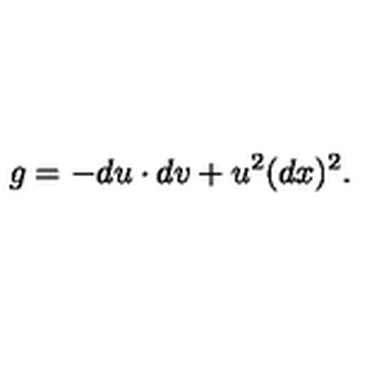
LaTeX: g = - d u \cdot d v + u ^ { 2 } ( d x ) ^ { 2 } .